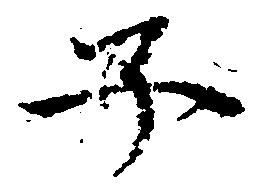
子